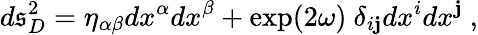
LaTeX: d\mathfrak{s}_{D}^{2}=\eta_{\alpha\beta}dx^{\alpha}dx^{\beta}+\exp(2\omega)~\delta_{i\mathbf{j}}dx^{i}dx^{\mathbf{j}}~,